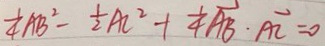
\frac { 1 } { 4 } A B ^ { 2 } - \frac { 1 } { 2 } A C ^ { 2 } + \frac { 1 } { 4 } \overrightarrow { A B } \cdot \overrightarrow { A C } = 0